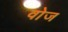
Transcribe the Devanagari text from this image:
वोज